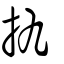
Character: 扏